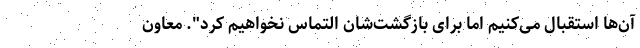
آن‌ها استقبال می‌کنیم اما برای بازگشت‌شان التماس نخواهیم کرد". معاون